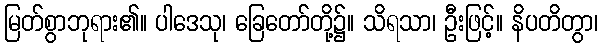
မြတ်စွာဘုရား၏။ ပါဒေသု၊ ခြေတော်တို့၌။ သိရသာ၊ ဦးဖြင့်။ နိပတိတွာ၊